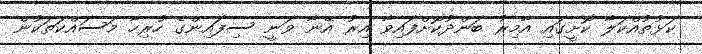
ކަޅުތުއްކަލާ ކޮށީގައި އާމިރު ބަންދުކޮށްފައިވާ އިރު އޭނާ ވަނީ ސިފައިންގެ ހުރިހާ މަސައްކަތަކުން